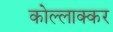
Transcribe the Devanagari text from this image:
कोल्लाक्कर